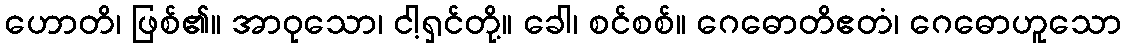
ဟောတိ၊ ဖြစ်၏။ အာဝုသော၊ ငါ့ရှင်တို့။ ခေါ၊ စင်စစ်။ ဂေဓောတိဧတံ၊ ဂေဓောဟူသော